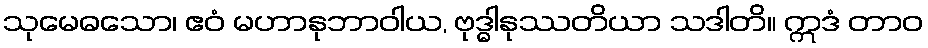
သုမေဓသော၊ ဧဝံ မဟာနုဘာဝါယ, ဗုဒ္ဓါနုဿတိယာ သဒါတိ။ ဣဒံ တာဝ